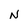
Character: N